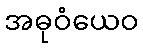
အဓုဝံယေဝ